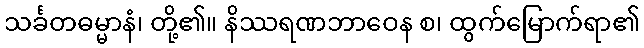
သင်္ခတဓမ္မာနံ၊ တို့၏။ နိဿရဏဘာဝေန စ၊ ထွက်မြောက်ရာ၏